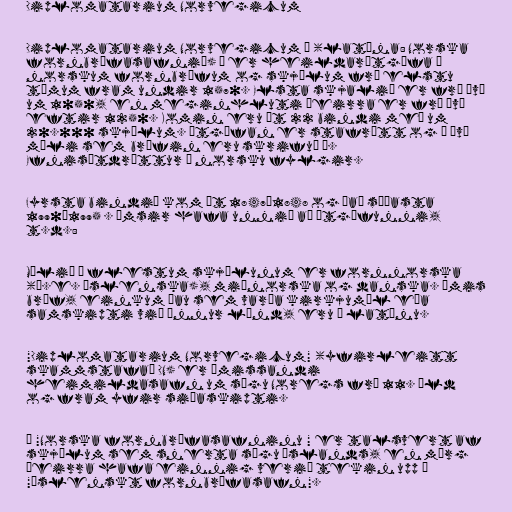
Diplomatarium Norvegicum

Diplomatarium Norvegicum – (latína: Norska
fornbréfasafnið) – er heildarútgáfa á
norskum fornbréfum og skjölum frá elstu
tímum fram undir 1570. Elsta skjalið er frá því
um 1050, en meginhluti þeirra er frá því
eftir 1250. Komin eru út 22 bindi með um
20.000 skjölum. Útgáfan er stafrétt og á því
máli sem bréfin eru skrifuð á.
Efnisútdráttur á norsku fylgir.

Fyrsta bindið kom út 1847–1848 og það síðasta
1990–1995 . Ýmsir hafa unnið að útgáfunni,
t.d.:

Málið á flestum skjölunum er fornnorska
(þ.e. íslenska), miðnorska og danska. Ýmis
bréf, einkum þau sem varða kirkjumál eða
samskipti við önnur lönd, eru á latínu.

"Diplomatarium Norvegicum" (yfirleitt
skammstafað DN) er ómissandi
heimildasafn um sögu Noregs frá 11. öld
og fram yfir siðaskipti.

Í "Norska fornbréfasafninu " er talsvert af
skjölum sem snerta sögu Íslands, en mörg
þeirra hafa einnig verið tekin upp í
"Íslenskt fornbréfasafn".